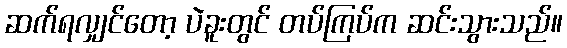
ဆက်ရလျှင်တော့ ပဲခူးတွင် တပ်ကြပ်က ဆင်းသွားသည်။